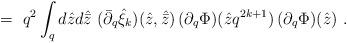
LaTeX: \begin{align*}\ =\ q^2 \int_q d{\hat z}d{\hat{\bar z}}\ ({\bar \partial}_q {\hat\xi}_k )({\hat z},{\hat{\bar z}})\, (\partial_q \Phi )({\hat z}q^{2k+1})\,(\partial_q \Phi )({\hat z})\ .\end{align*}